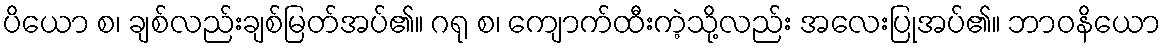
ပိယော စ၊ ချစ်လည်းချစ်မြတ်အပ်၏။ ဂရု စ၊ ကျောက်ထီးကဲ့သို့လည်း အလေးပြုအပ်၏။ ဘာဝနိယော